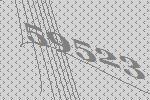
59523